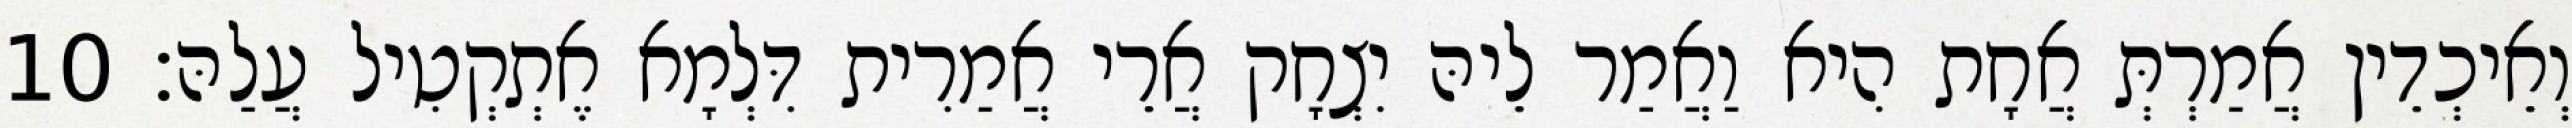
וְאֵיכְדֵין אֲמַרְתְּ אֲחָת הִיא וַאֲמַר לֵיהּ יִצְחָק אֲרֵי אֲמַרִית דִּלְמָא אֶתְקְטִיל עֲלַהּ׃ 10